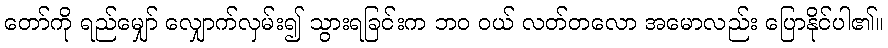
တော်ကို ရည်မျှော် လျှောက်လှမ်း၍ သွားရခြင်းက ဘဝ ဝယ် လတ်တလော အမောလည်း ပြောနိုင်ပါ၏။